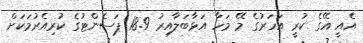
އެއީ އޭގެ ކުރީ އަހަރުގެ މޭ މަހާ އަޅާބަލާއިރު 18.9 ޕަސެންޓުގެ ކުރިއެރުމަކަށް